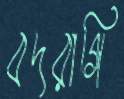
বদরাগি